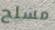
مسلح